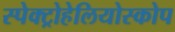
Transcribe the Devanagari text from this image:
स्पेक्ट्रोहेलियोस्कोप